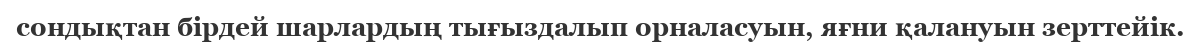
сондықтан бірдей шарлардың тығыздалып орналасуын, яғни қалануын зерттейік.